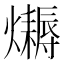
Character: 𤒛